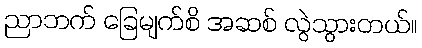
ညာဘက် ခြေမျက်စိ အဆစ် လွဲသွားတယ်။